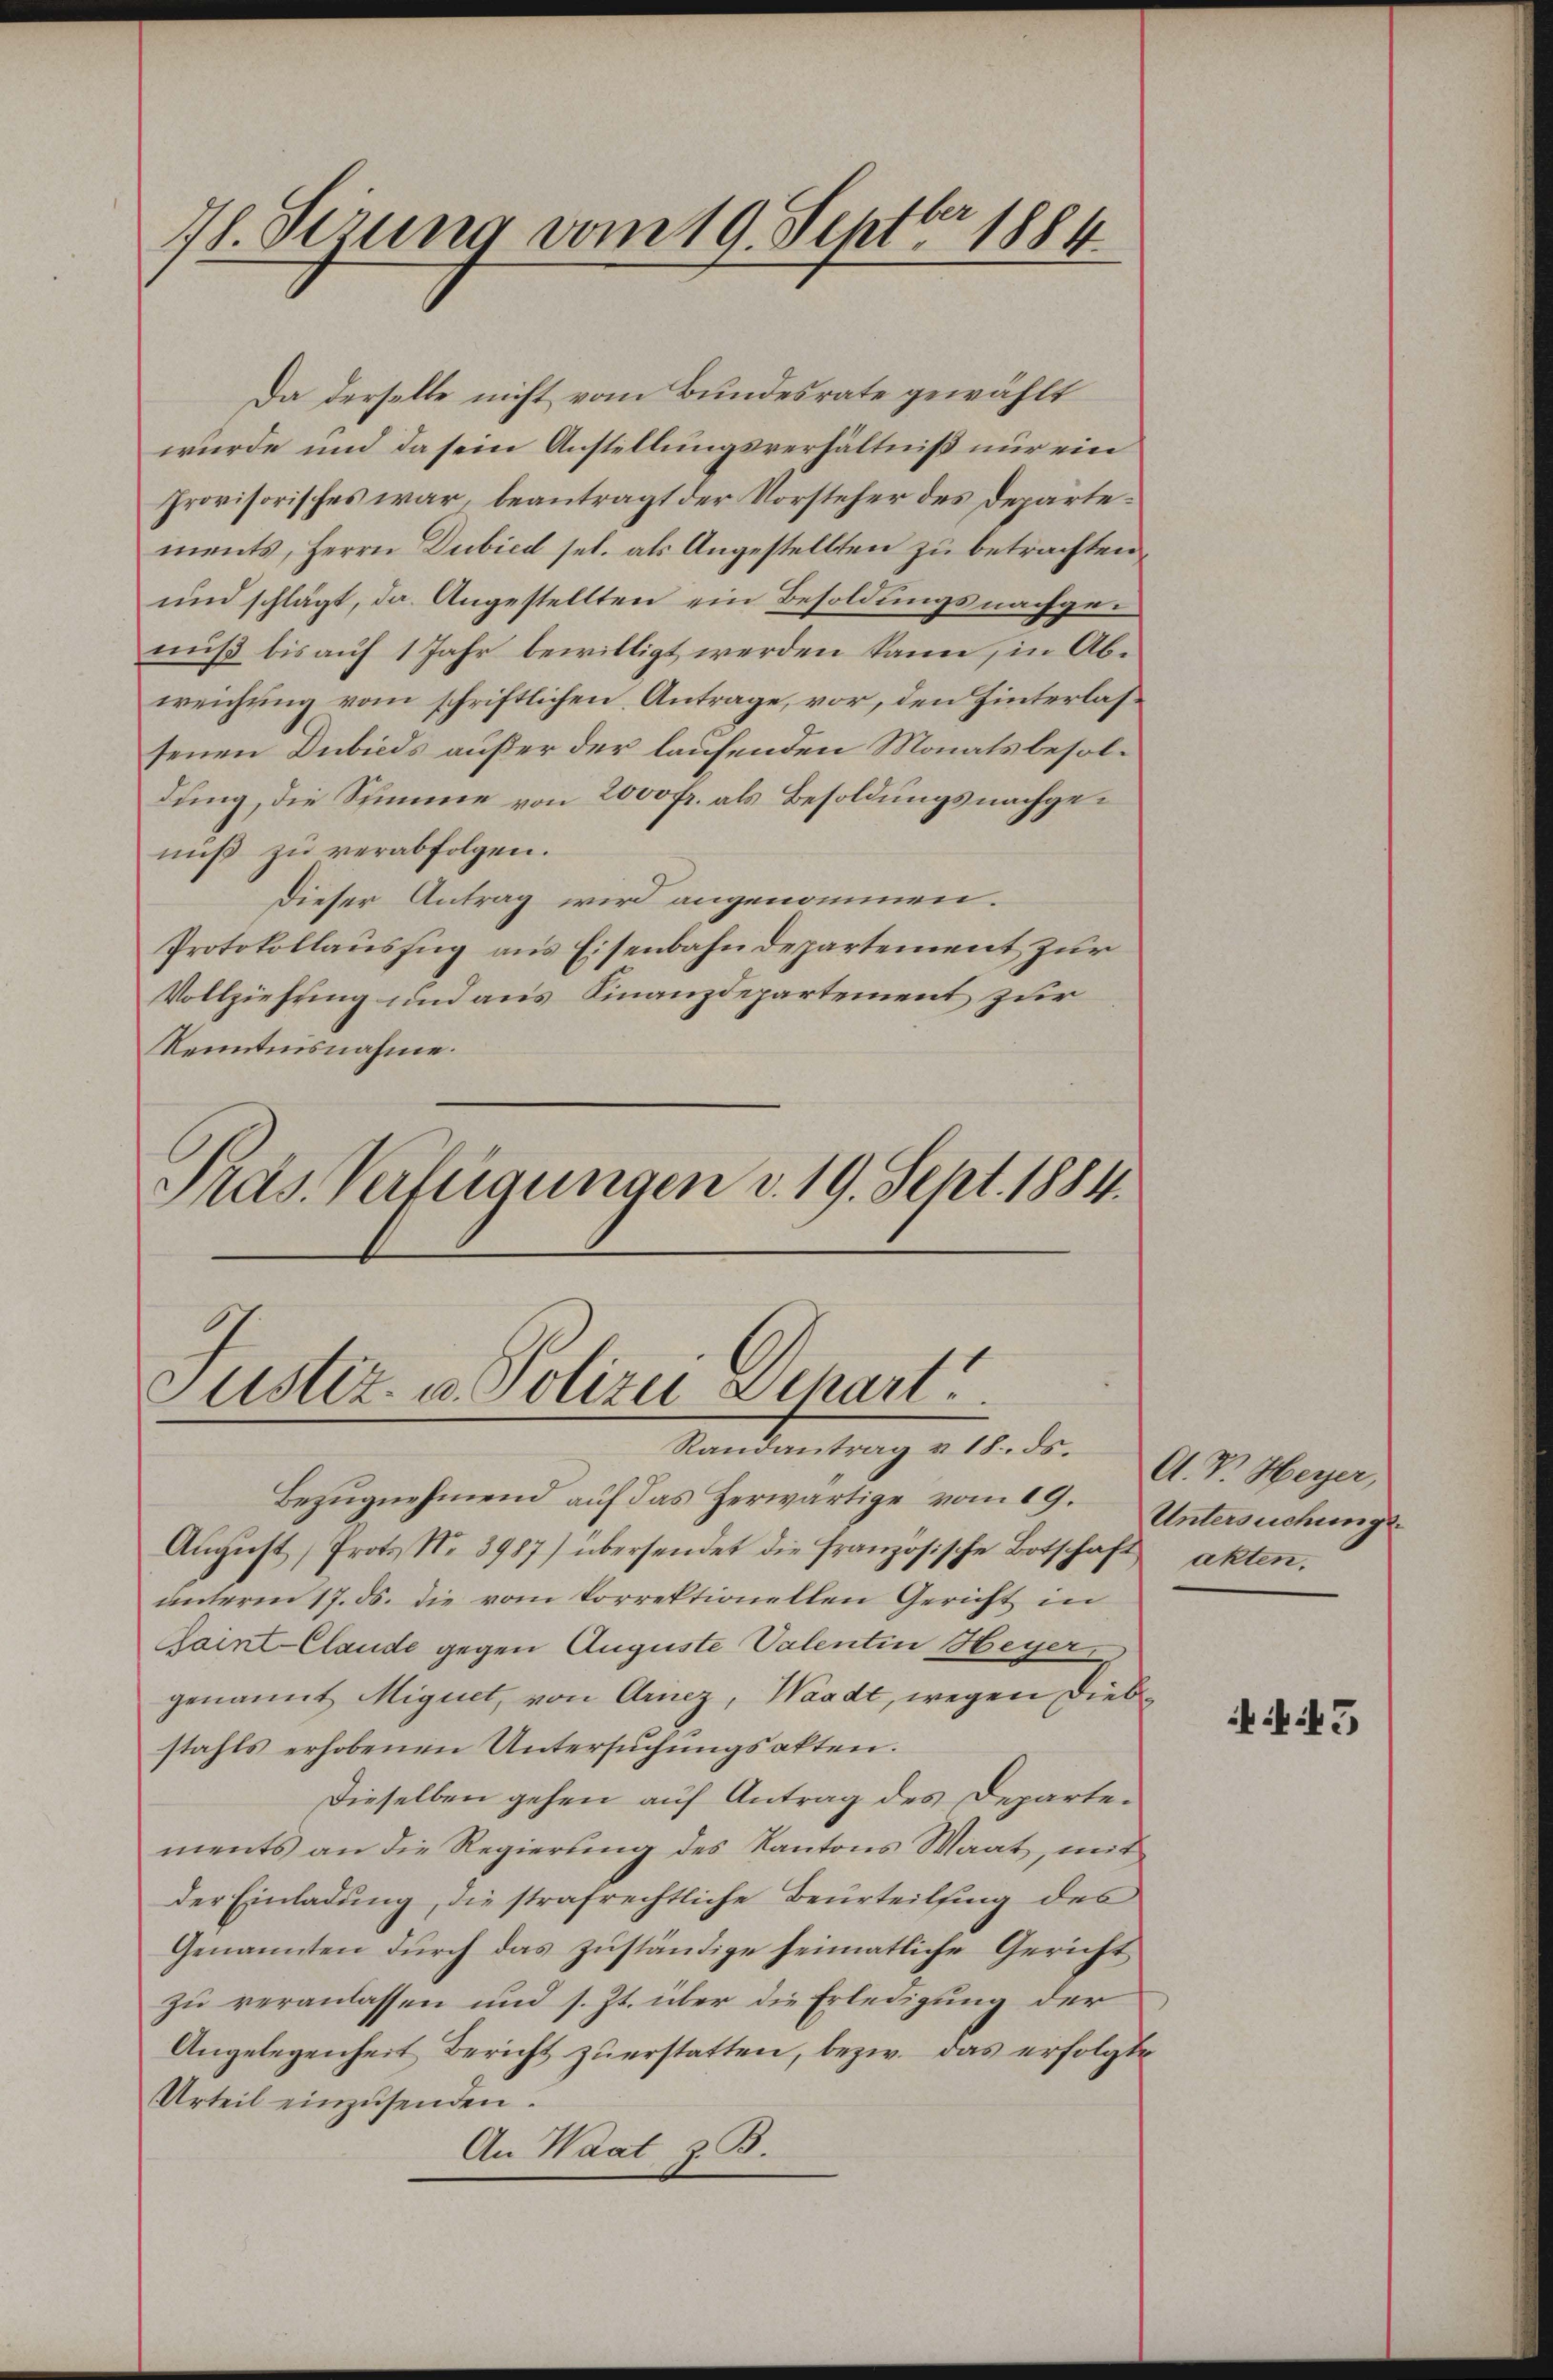
18. derung vom 19. Septbr 1884.

.
Justiz- u. Polizei Dehart
Randantrag v. 18. ds.

Da derselbe nicht vom Bundesrate gewählt
wurde und da sein Anstellungsverhältniß nur ein
provisorisches war, beantragt der Vorsteher des Departements, Herrn Dubied sel. als Angestellten zu betrachten,
und schlägt, da. Angestellten ein Besoldungsnachgenuß bis auf 1 Jahr bewilligt werden kann, in Abweichung vom schriftlichen Antrage, vor, den Hinterlassenen Dubicds außer der laufenden Monatsbesoldung, die Summe von 2000 fr. als Besoldungsnachgenuß zu verabfolgen.
Dieser Antrag wird angenommen.
Protokollauszug aus Eisenbahndepartement zur
Vollziehung und aus Finanzdepartement zur
Kenntnisnahme.
Präs. Verfügungen v. 19. Sept. 1884.

Bezŭgnehmend auf das herwärtige vom 19. Untersuchungs¬
Aŭgŭst Prots Nr. 3987) übersendet die französische Botschaft akten.
unterm 17. ds. die vom korrektionellen Gericht in
Saint-Claude gegen Auguste Valentin Heyer,
genannt Mignet, von Arnez, Waadt, wegen Diebstahls erhobenen Untersuchungsakten.
Dieselben gehen auf Antrag des Departements an die Regierung des Kantons Waat, mit
der Einladung, die strafrechtliche Beurteilsing des
Genannten durch das zuständige heimatliche Gericht
zu veranlassen und s. Zt. über die Erledigung der
Angelegenheit Bericht zŭ erstatten, bezw. das erfolgte
Urteil einzusenden.
An Waat z. B.

A. V. Heyer

45